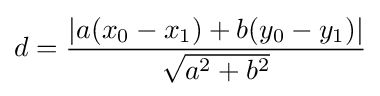
d={\frac {|a(x_{0}-x_{1})+b(y_{0}-y_{1})|}{\sqrt {a^{2}+b^{2}}}}